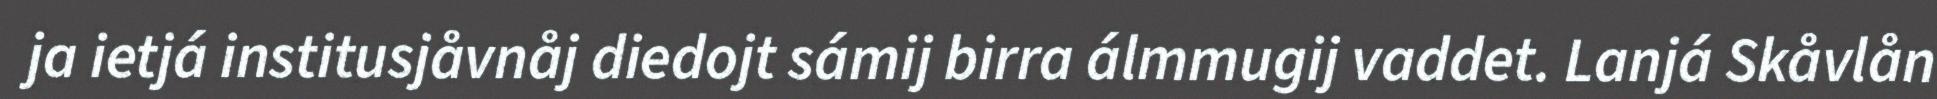
ja ietjá institusjåvnåj diedojt sámij birra álmmugij vaddet. Lanjá Skåvlån